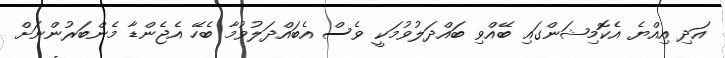
އަދި އިއްޔެ އެކޮމިޝަންގައި ބޭއްވި ބައްދަލުވުމަކީ ވެސް އެބައްދަލުވުމާ ބެހޭ އެޖެންޑާ މެންބަރުންނަށް